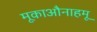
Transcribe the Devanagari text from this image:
मूकाऔनाहमू